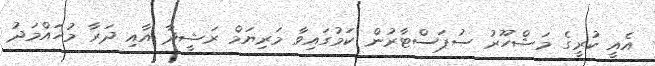
އެއީ ކުރީގެ މަޝްހޫރު ސުޕަސްޓާރުން ކަމުގައިވާ މަރިޔަމް ރަޝީދާ އާއި ދަރާ މުހައްމަދު